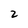
Character: 2